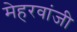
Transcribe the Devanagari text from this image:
मेहरवांजी